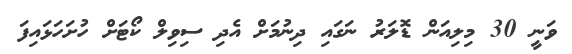
ވަނީ 30 މިލިއަން ޑޮލަރު ނަގައި ދިނުމަށް އެދި ސިވިލް ކޯޓަށް ހުށަހަޅައިފަ